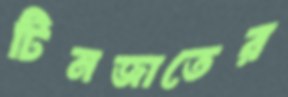
টিনজাতের